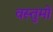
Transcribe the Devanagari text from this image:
वस्तुमों